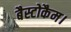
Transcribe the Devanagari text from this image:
बैस्टोकैम।